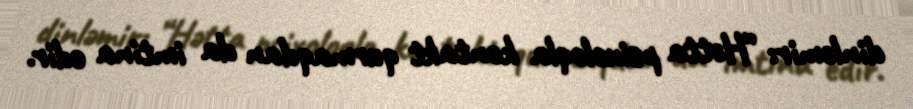
dinləmir: “Hətta psixoloqla kontakt qurmaqdan da imtina edir.